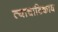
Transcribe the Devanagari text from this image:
त्याचाटिकाव